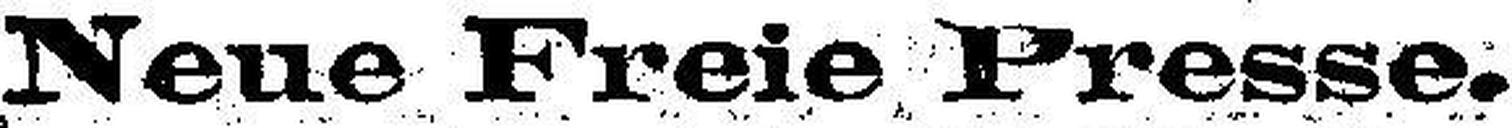
Nene Preie, l*resse.